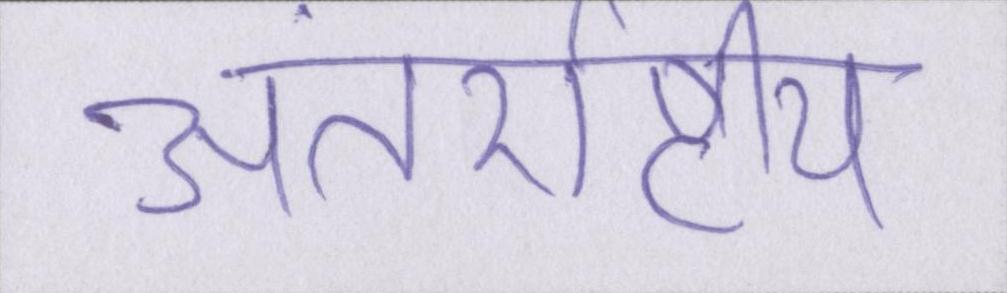
अंतर्राष्ट्रीय